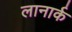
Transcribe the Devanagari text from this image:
लानार्क